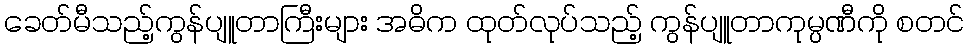
ခေတ်မီသည့်ကွန်ပျူတာကြီးများ အဓိက ထုတ်လုပ်သည့် ကွန်ပျူတာကုမ္ပဏီကို စတင်